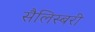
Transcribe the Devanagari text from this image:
सैलिस्बरी